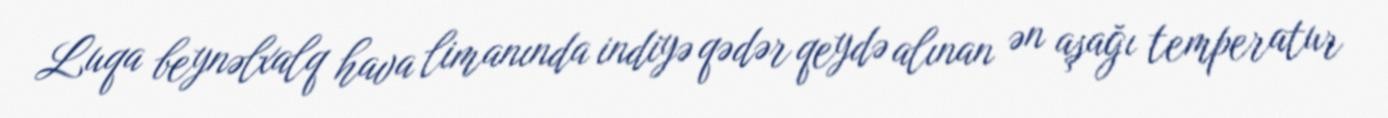
Luqa beynəlxalq hava limanında indiyə qədər qeydə alınan ən aşağı temperatur